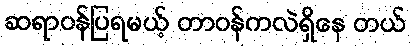
ဆရာဝန်ပြရမယ့် တာဝန်ကလဲရှိနေ တယ်